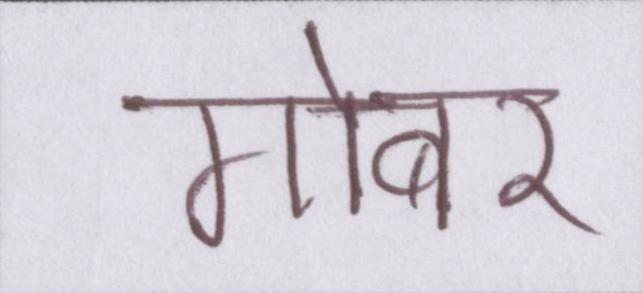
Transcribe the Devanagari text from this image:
गोबर